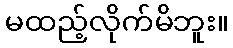
မထည့်လိုက်မိဘူး။